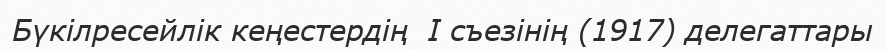
Бүкілресейлік кеңестердің  I съезінің (1917) делегаттары